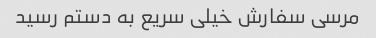
مرسی سفارش خیلی سریع به دستم رسید